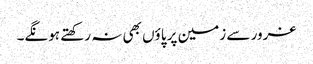
غرور سے زمین پر پاؤں بھی نہ رکھتے ہونگے۔